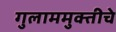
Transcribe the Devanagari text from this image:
गुलाममुक्तीचे